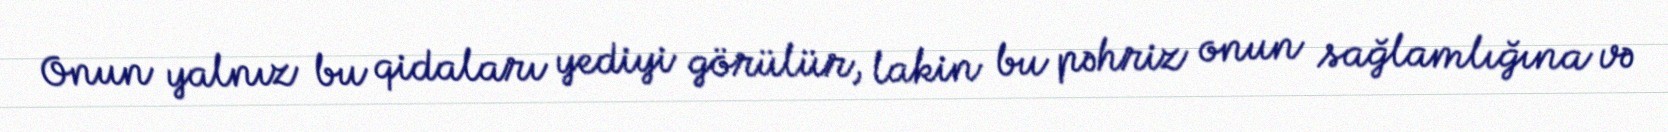
Onun yalnız bu qidaları yediyi görülür, lakin bu pəhriz onun sağlamlığına və